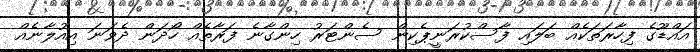
އައްޑޫގެ ފިހާރަތަކެއް ބަލައި ފާސްކުރަނީޕެކިން ސެންޓަރު ހިންގާނެ ފަރާތެއް ހޯދަން ދެވަނަ އިއުލާނެއް